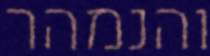
והנמהר